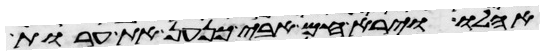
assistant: אהלו וירא חם אבי כנען את ערות